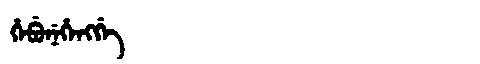
Manchu: ᡥᡝᠪᡠᠨᡝᡥᡝᠩᡤᡝ
Romanization: HEBUNEHENGGE